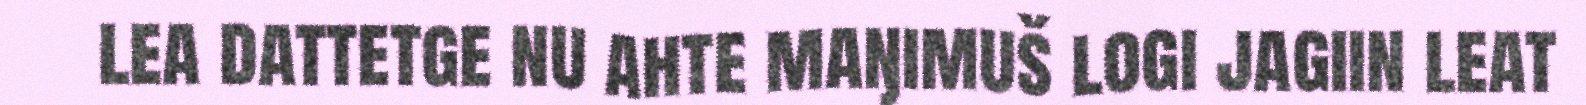
lea dattetge nu ahte maŋimuš logi jagiin leat